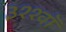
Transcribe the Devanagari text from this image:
३११वॉ